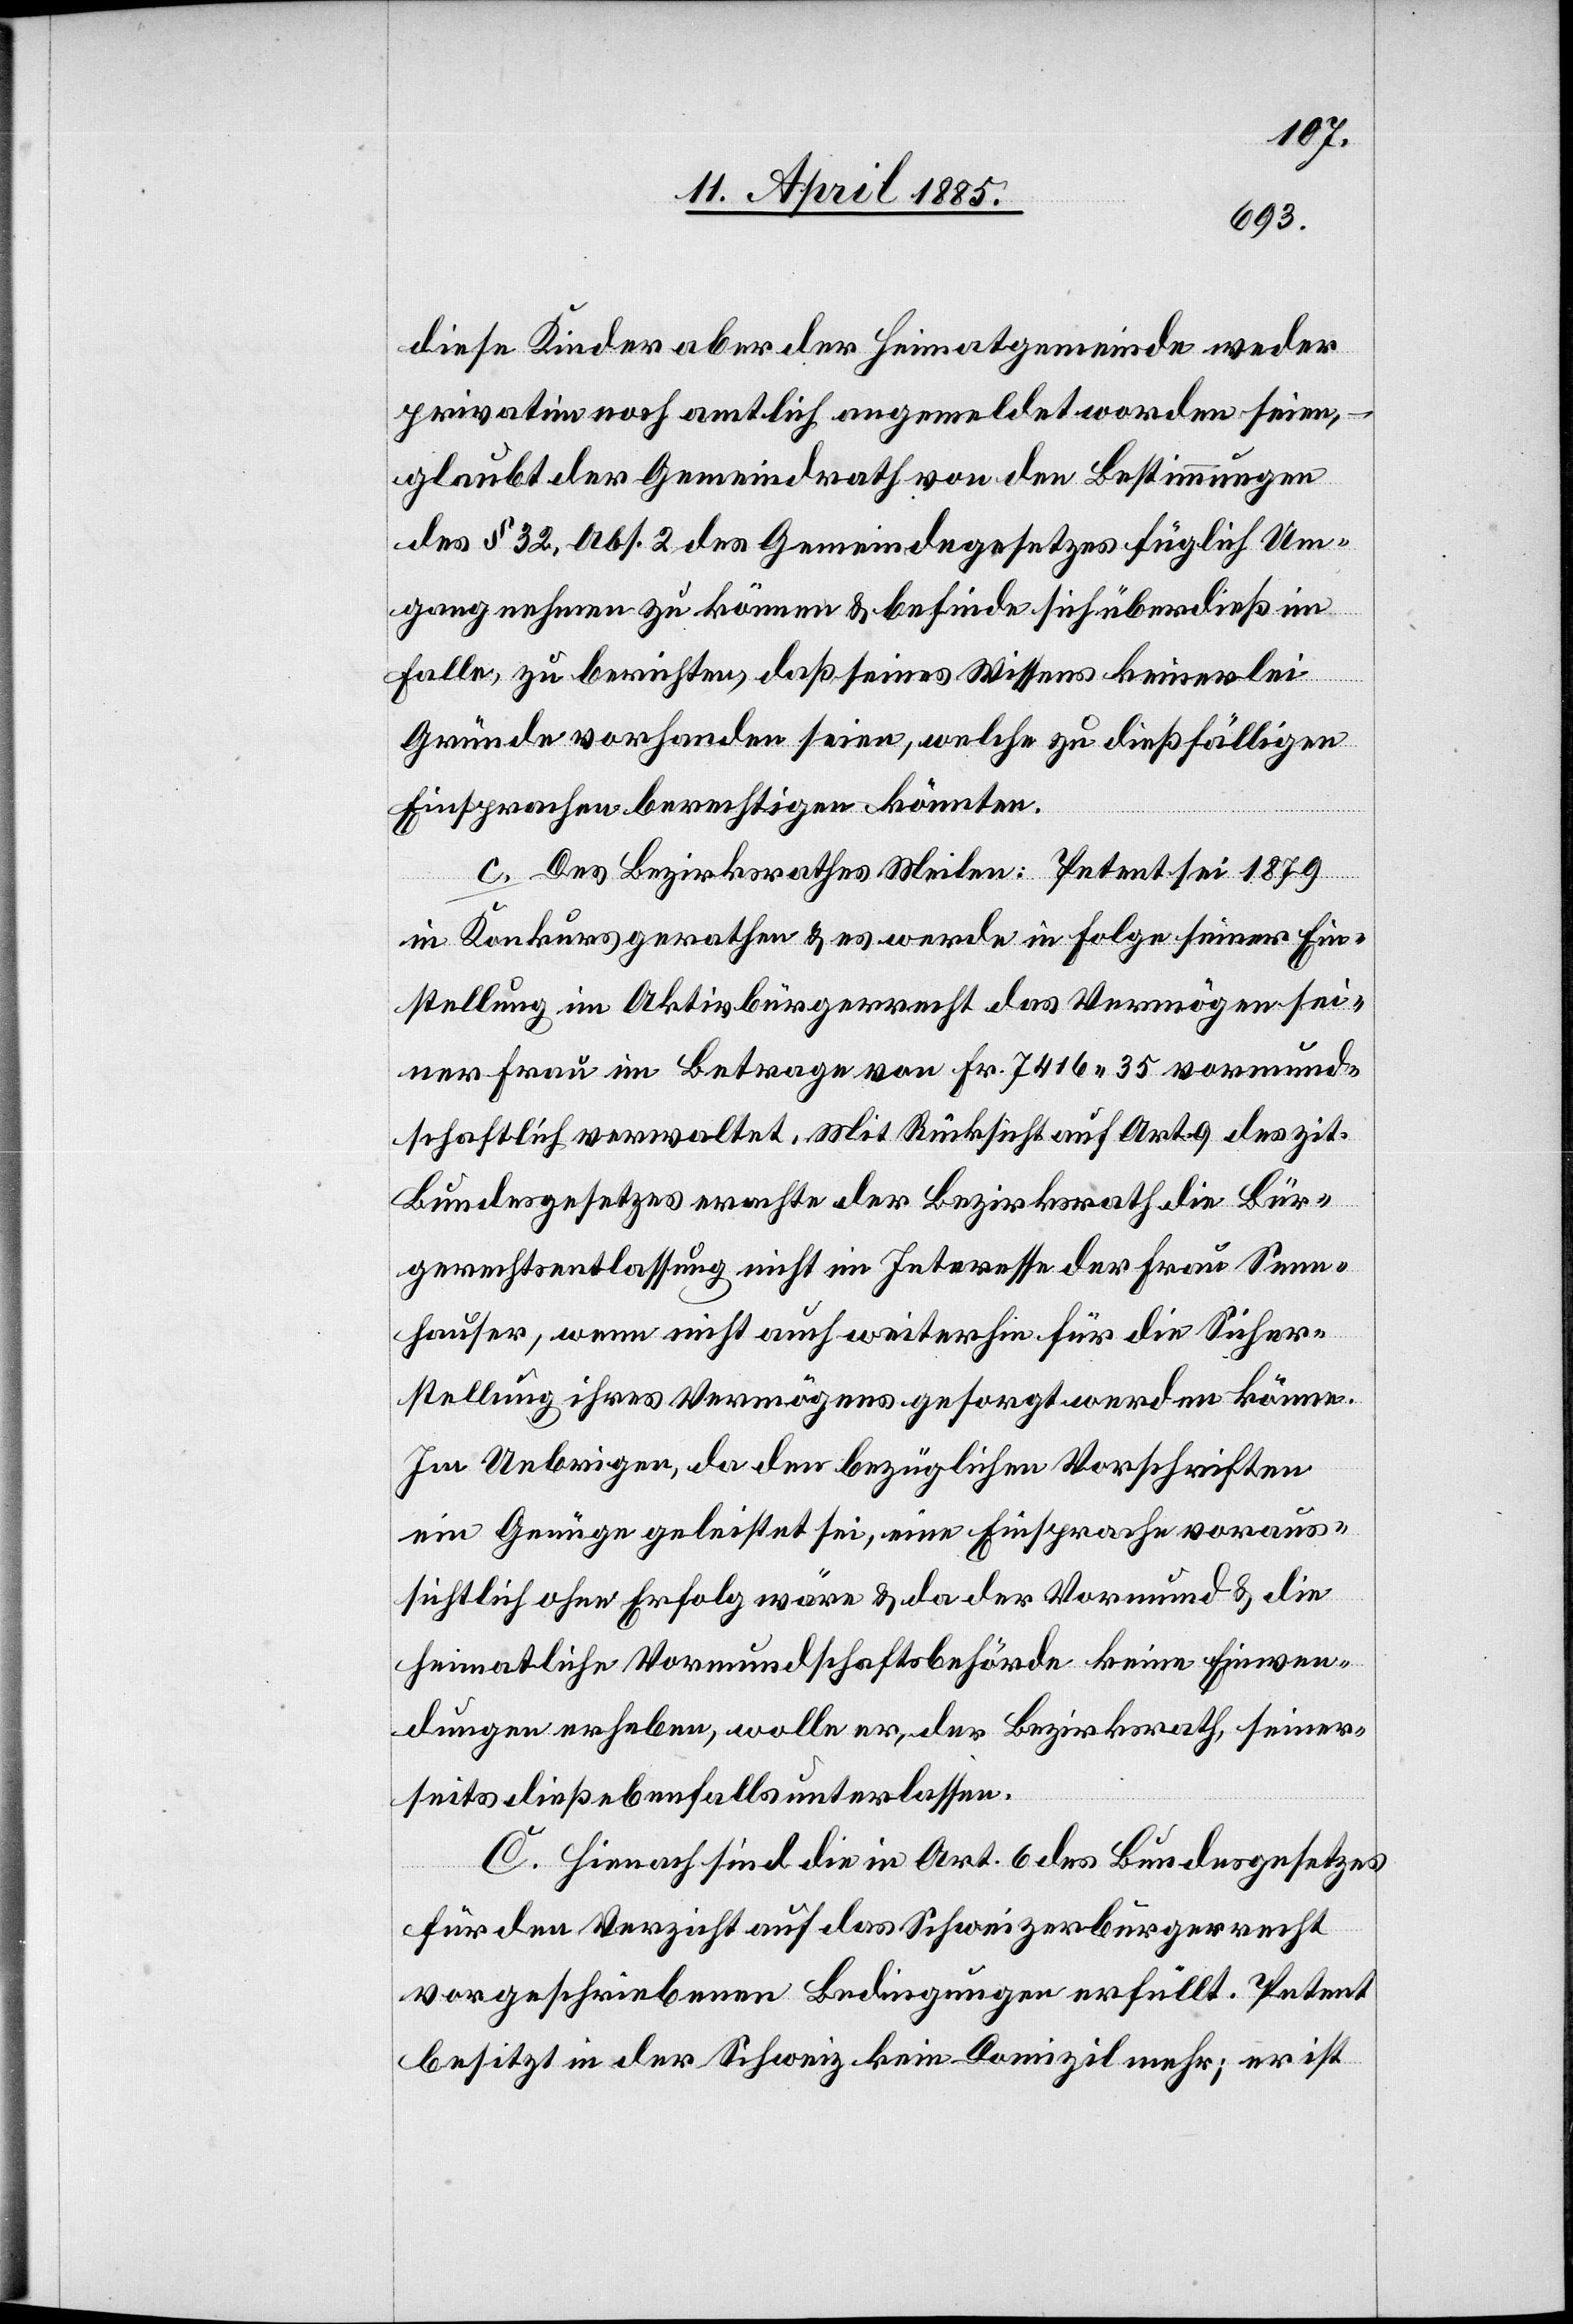
diese Kinder aber der Heimatgemeinde weder
privatim noch amtlich angemeldet worden seien,
glaubt der Gemeindrath von den Bestimmungen
des § 32, Abs. 2 des Gemeindegesetzes füglich Um¬
gang nehmen zu können & befinde sich überdieß im
Falle, zu berichten, daß seines Wissens keinerlei
Gründe vorhanden seien, welche zu dießfälligen
Einsprachen berechtigen könnten.
c. des Bezirksrathes Meilen: Petent sei 1879
in Konkurs gerathen & es werde in Folge seiner Ein¬
stellung im Aktivbürgerrecht das Vermögen sei¬
ner Frau im Betrage von Fr. 7416 35 vormund¬
schaftlich verwaltet. Mit Rücksicht auf Art. 9 des zit.
Bundesgesetzes erachte der Bezirksrath die Bür¬
gerrechtsentlassung nicht im Interesse der Frau Senn¬
hauser, wenn nicht auch weiterhin für die Sicher¬
stellung ihres Vermögens gesorgt werden könne.
Im Uebrigen, da der bezüglichen Vorschriften
ein Genüge geleistet sei, eine Einsprache voraus¬
sichtlich ohne Erfolg wäre & da der Vormund & die
heimatliche Vormundschaftsbehörde keine Einwen¬
dungen erheben, wolle er, der Bezirksrath, seiner¬
seits dieß ebenfalls unterlassen.
C. Hienach sind die in Art. 6 des Bundesgesetzes
für den Verzicht auf das Schweizerbürgerrecht
vorgeschriebenen Bedingungen erfüllt. Petent
besitzt in der Schweiz kein Domizil mehr; er ist